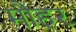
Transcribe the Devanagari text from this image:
मौहर